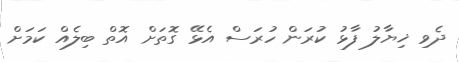
ދެވި ޚިޔާލު ފާޅު ކުރަން ހުރަސް އެޅޭ ގޮތަށް އޮތް ބިލެއް ކަމަށް